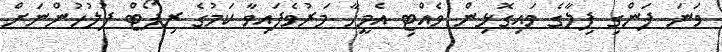
ވަނަ ފަންގި ފިލާގެ ވައިގޮޅިން ވެއްޓި އެމީހާ މަރުވެފައިވާ ކަމުގެ ރިޕޯޓް ފުލުހުންނަށް